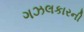
ગઝલકારની